Civil Veterinary Dept. Bombay admin report 1923-31 - 1923-1931
Year: 1923
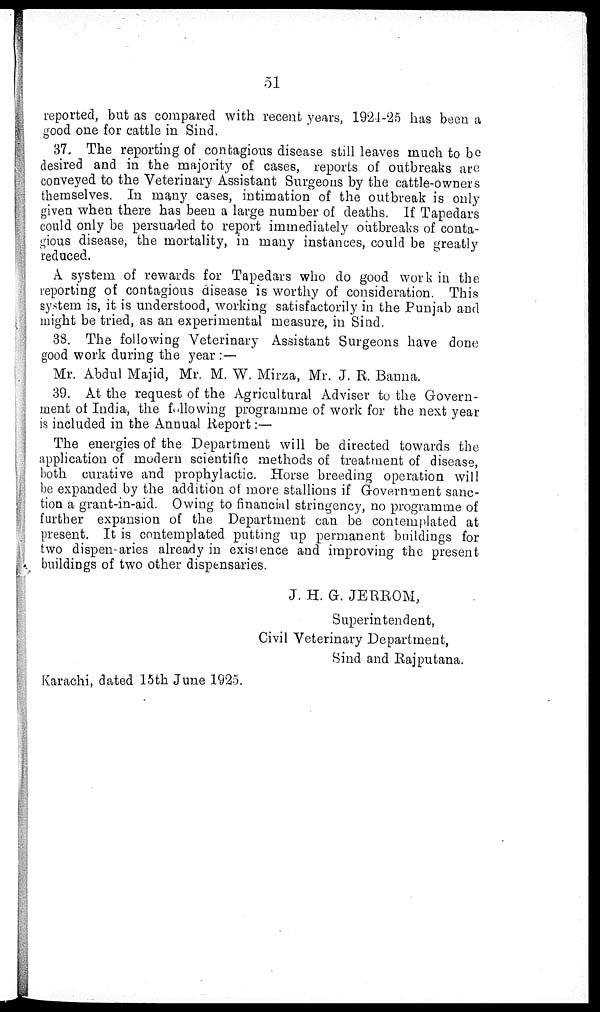
51
reported, but as compared with recent years, 1924-25 has been a
good one for cattle in Sind.
37. The reporting of contagious disease still leaves much to be
desired and in the majority of cases, reports of outbreaks are
conveyed to the Veterinary Assistant Surgeons by the cattle-owners
themselves. In many cases, intimation of the outbreak is only
given when there has been a large number of deaths. If Tapedars
could only be persuaded to report immediately outbreaks of conta-
gious disease, the mortality, in many instances, could be greatly
reduced.
A system of rewards for Tapedars who do good work in the
reporting of contagious disease is worthy of consideration. This
system is, it is understood, working satisfactorily in the Punjab and
might be tried, as an experimental measure, in Sind.
38. The following Veterinary Assistant Surgeons have done
good work during the year :—
Mr. Abdul Majid, Mr. M. W. Mirza, Mr. J. R. Banna.
39. At the request of the Agricultural Adviser to the Govern-
ment of India, the following programme of work for the next year
is included in the Annual Report:—
The energies of the Department will be directed towards the
application of modern scientific methods of treatment of disease,
both curative and prophylactic. Horse breeding operation will
be expanded by the addition of more stallions if Government sanc-
tion a grant-in-aid. Owing to financial stringency, no programme of
further expansion of the Department can be contemplated at
present. It is contemplated putting up permanent buildings for
two dispensaries already in existence and improving the present
buildings of two other dispensaries.
J. H. G. JERROM,
Superintendent,
Civil Veterinary Department,
Sind and Rajputana.
Karachi, dated 15th June 1925.